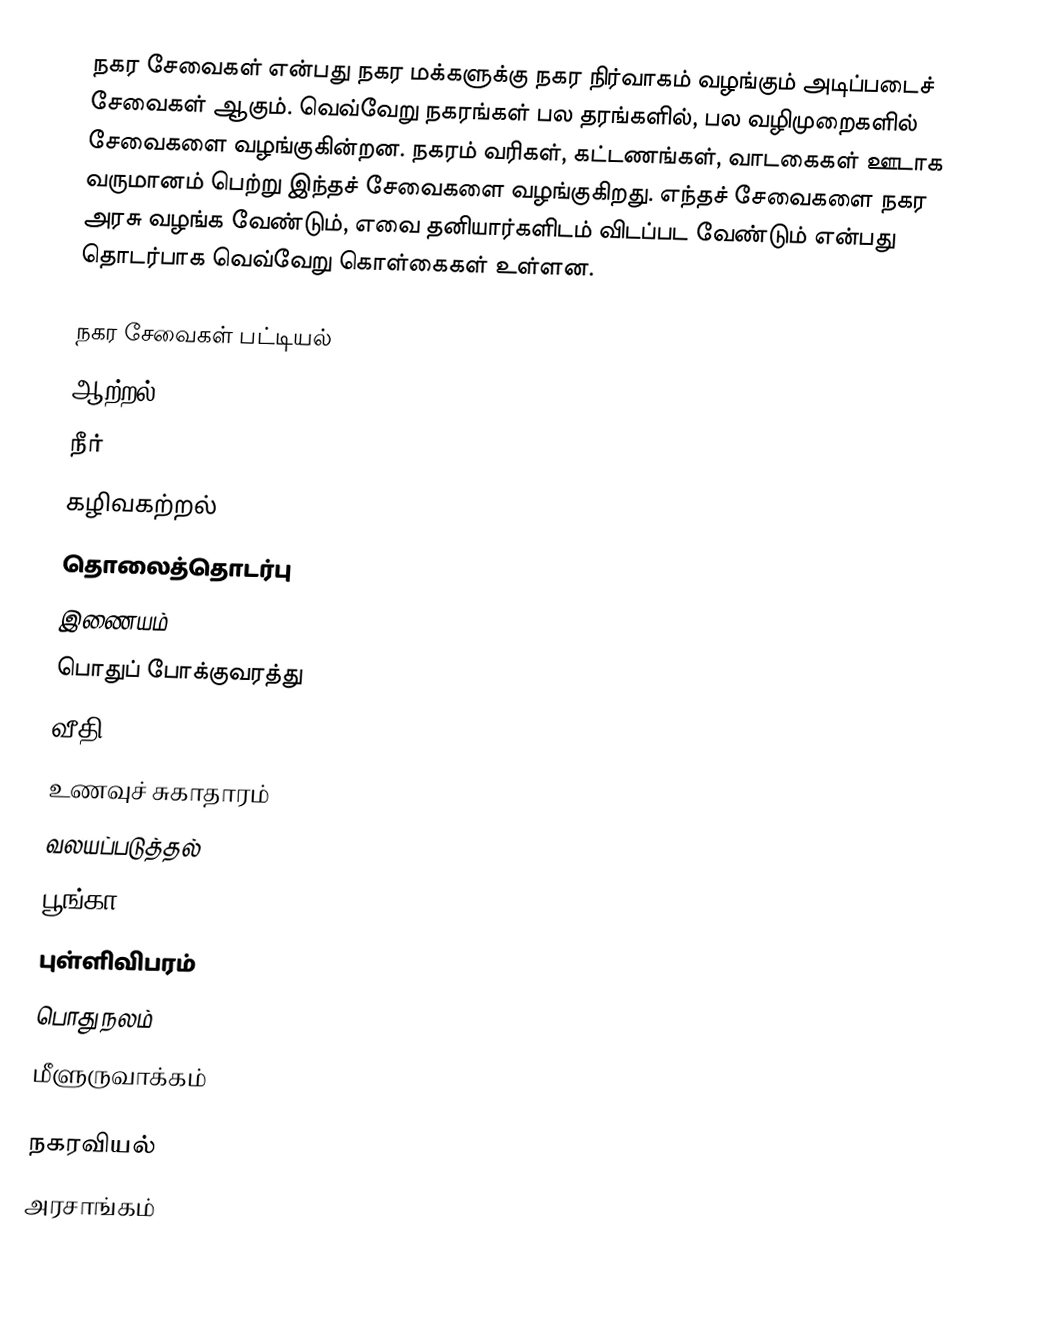
நகர சேவைகள் என்பது நகர மக்களுக்கு நகர நிர்வாகம் வழங்கும் அடிப்படைச் சேவைகள் ஆகும்.  வெவ்வேறு நகரங்கள் பல தரங்களில், பல வழிமுறைகளில் சேவைகளை வழங்குகின்றன.  நகரம் வரிகள், கட்டணங்கள், வாடகைகள் ஊடாக வருமானம் பெற்று இந்தச் சேவைகளை வழங்குகிறது.  எந்தச் சேவைகளை நகர அரசு வழங்க வேண்டும், எவை தனியார்களிடம் விடப்பட வேண்டும் என்பது தொடர்பாக வெவ்வேறு கொள்கைகள் உள்ளன.

நகர சேவைகள் பட்டியல்
 ஆற்றல்
 நீர்
 கழிவகற்றல்
 தொலைத்தொடர்பு
 இணையம்
 பொதுப் போக்குவரத்து
 வீதி
 உணவுச் சுகாதாரம்
 வலயப்படுத்தல்
 பூங்கா
 புள்ளிவிபரம்
 பொது நலம்
 மீளுருவாக்கம்

நகரவியல்
அரசாங்கம்